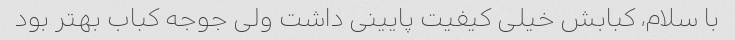
با سلام، کبابش خیلی کیفیت پایینی داشت ولی جوجه کباب بهتر بود